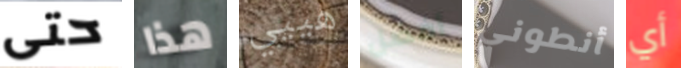
حتى هذا هييي أفضل أنطوني أي